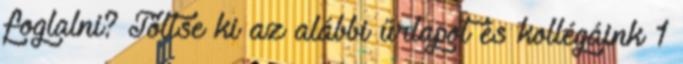
foglalni? Töltse ki az alábbi űrlapot és kollégáink 1